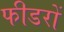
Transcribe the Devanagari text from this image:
फीडरों